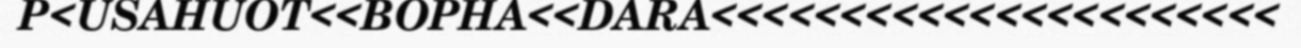
P<USAHUOT<<BOPHA<<DARA<<<<<<<<<<<<<<<<<<<<<<